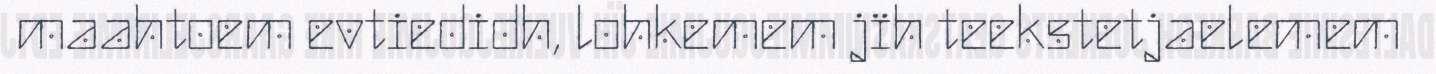
maahtoem evtiedidh, lohkemem jïh teekstetjaelemem